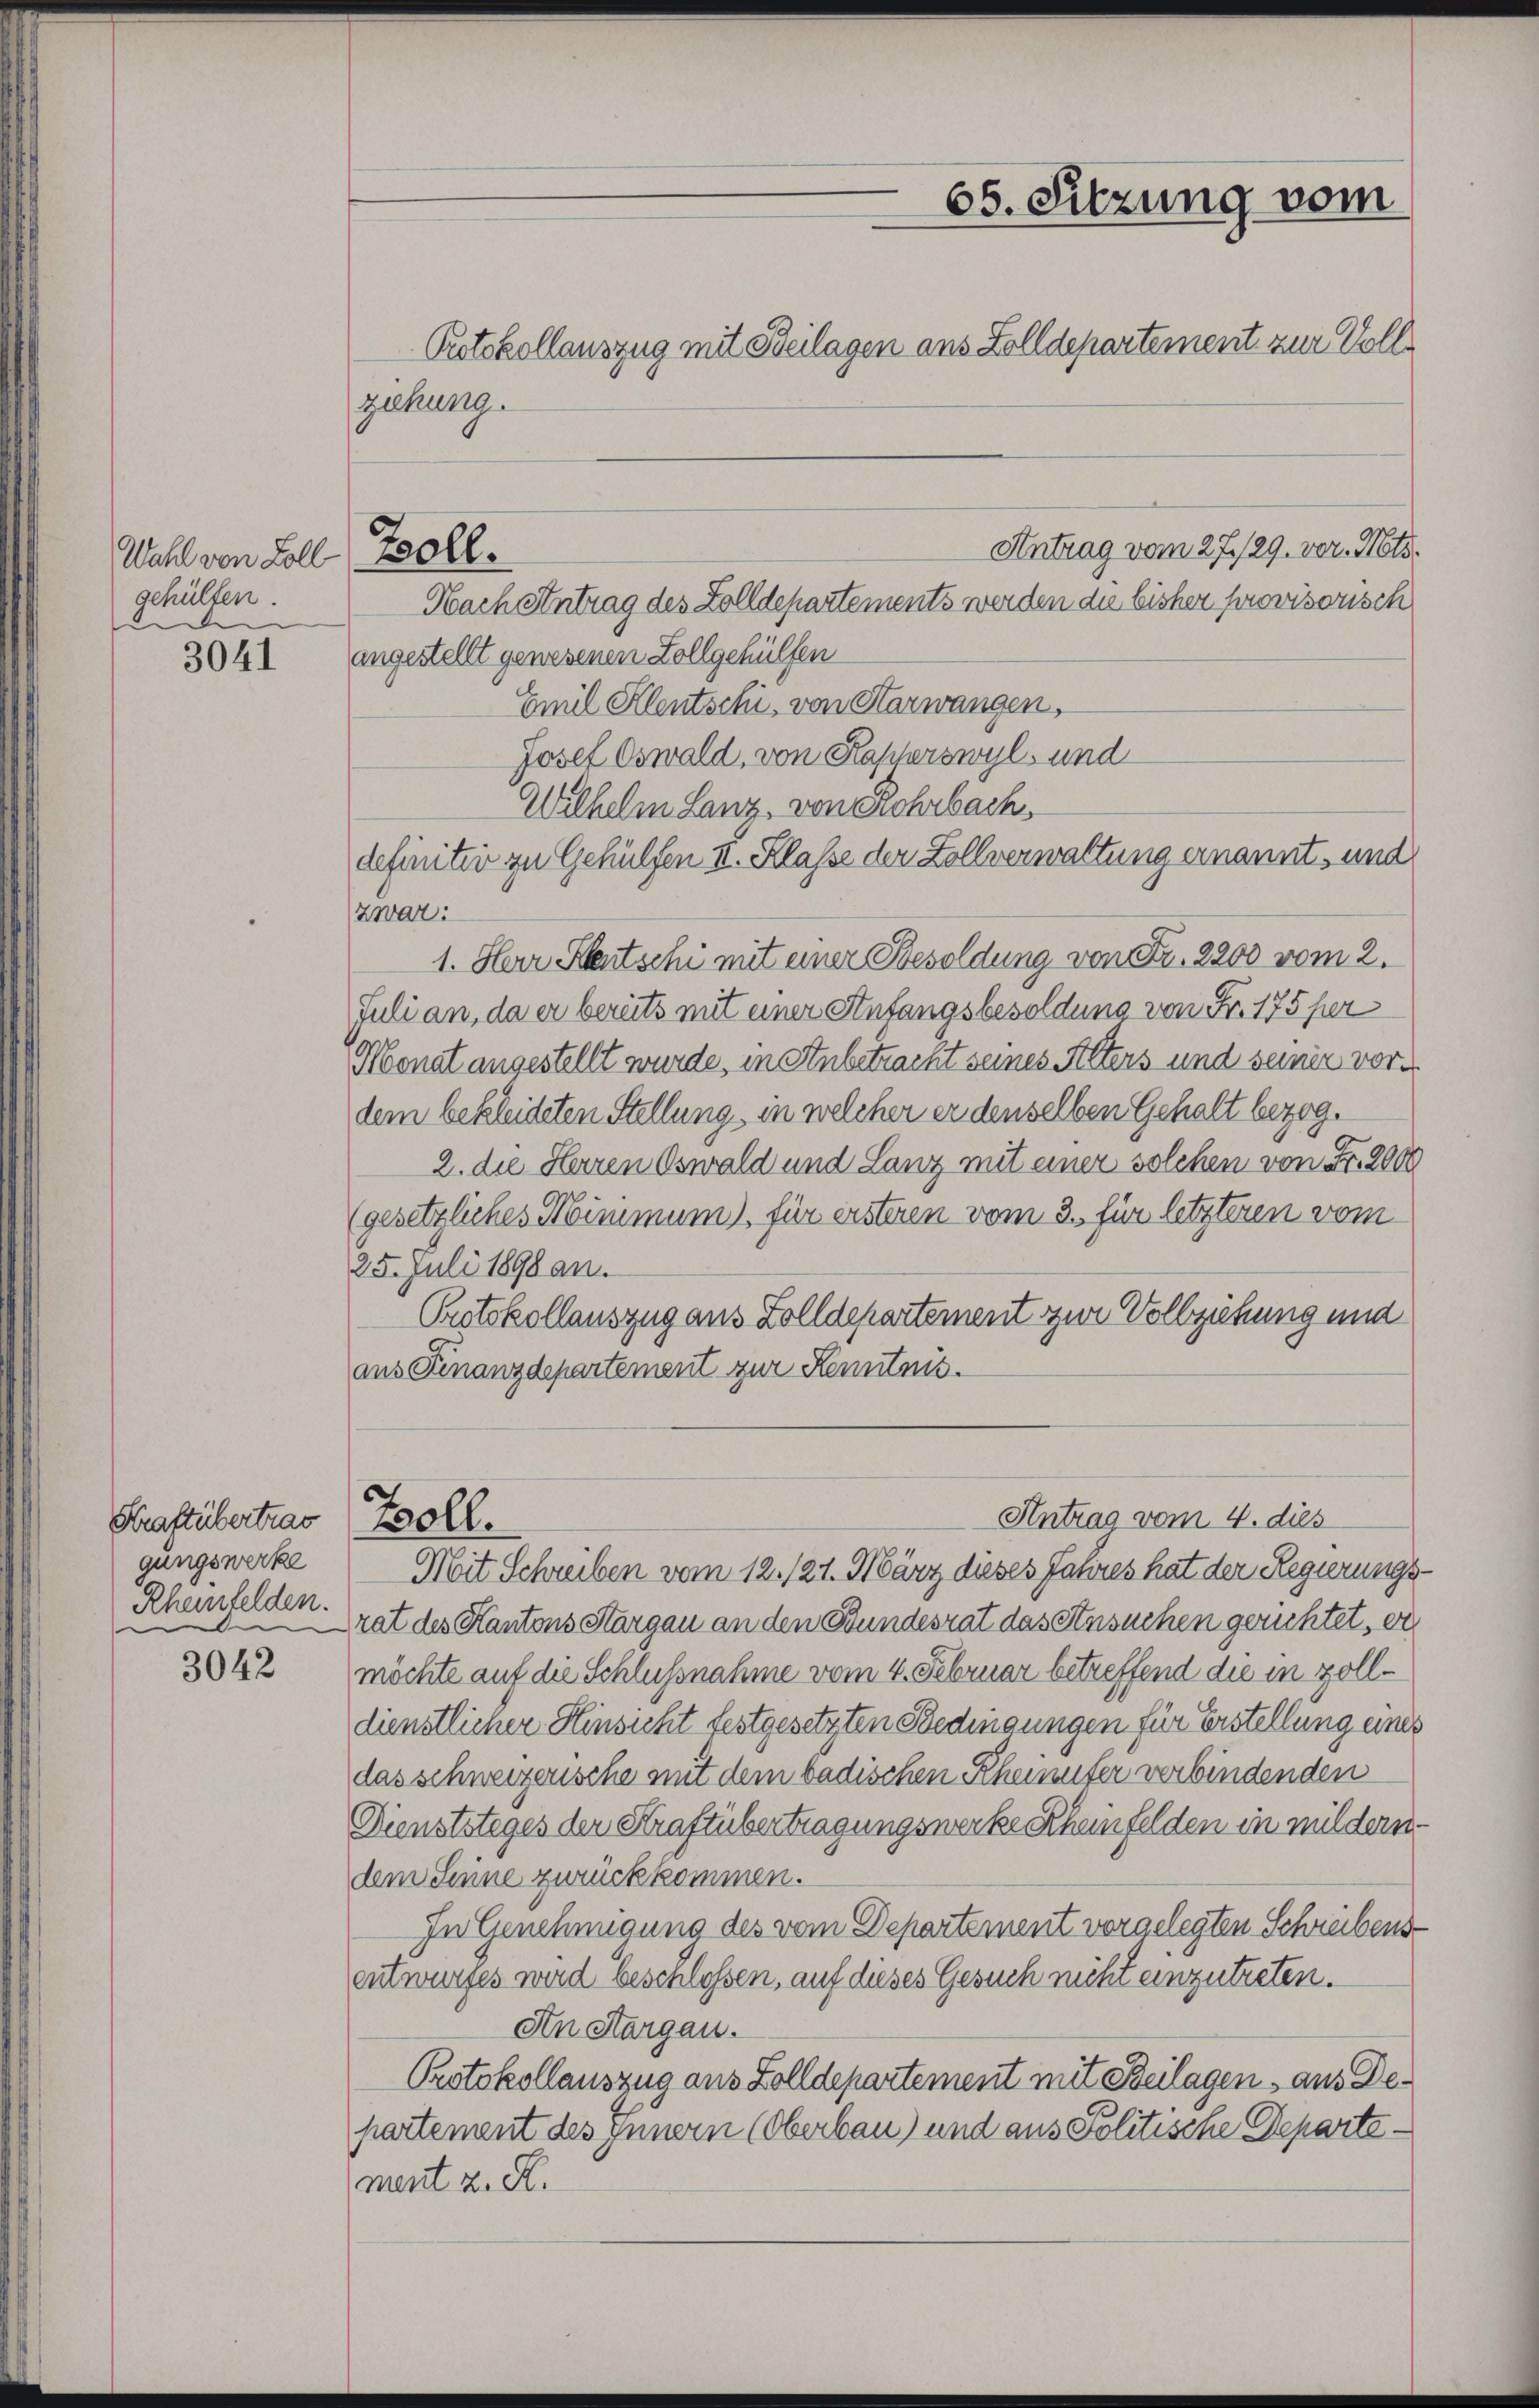
Wahl von Soll Zollgehülfen.
d

3041

Kraftübertrag
gungswerke
Rheinfelden.
i

3042

gehung.

Antrag vom 27./29. vor. Mts.
Nach Antrag des Zolldepartements werden die bisher provisorisch
angestellt gewesenen Zollgehülfen
Emil Klentschi, von Harwangen,
Josef Oswald, von Kapperswyl, und
Wilhelm Lanz, von Rohrbach,
definitiv zu Gehülfen II. Klasse der Zollverwaltung ernannt, und
zwar:
1. Herr Kletschi mit einer Besoldung von Fr. 2200 vom 2.
Juli an, da er bereits mit einer Anfangsbesoldung von Fr. 175 per
Monat angestellt wurde, in Anbetracht seines Alters und seiner vordem bekleideten Stellung in welcher er denselben Gehalt bezog.
2. die Herren Oswald und Lanz mit einer solchen von Fr. 2000
(gesetzliches Minimum), für ersteren vom 3. für letzteren vom
25. Juli 1898 an.
Protokollauszug aus Zolldepartement zur Vollziehung und
aus Finanzdepartement zur Kenntnis.
Antrag vom 4. dies
Boll.
Mit Schreiben vom 12. 121. März dieses Jahres hat der Regierungs¬
Trat des Kantons Aargau an den Bundesrat das Ansuchen gerichtet, er
möchte auf die Schlußnahme vom 4. Februar betreffend die in zolldienstlicher Hinsicht festgesetzten Bedingungen für Erstellung eines
das schweizerische mit dem badischen Rheinufer verbindenden
Dienststeges der Straftübertragungswerke Rheinfelden in mildern
dem Sinne zurückkommen.
In Genehmigung des vom Departement vorgelegten Schreibensentwurfes wird beschlossen, auf dieses Gesuch nicht einzutreten.
An Aargau.
Protokollauszug aus Zolldepartement mit Beilagen aus Departement des Innern (Oberbau) und aus Politische Departemert z. K.

65. Sitzung vom
Protokollauszug mit Beilagen aus Zolldepartement zur Voll¬